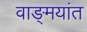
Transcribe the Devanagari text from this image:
वाङ्‌मयांत